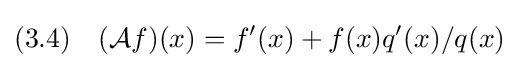
(3.4)\quad ({\mathcal {A}}f)(x)=f'(x)+f(x)q'(x)/q(x)